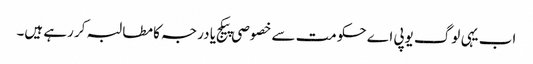
اب یہی لوگ یوپی اے حکومت سے خصوصی پیکج یا درجہ کا مطالبہ کر رہے ہیں۔